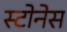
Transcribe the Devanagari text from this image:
स्टोनेस